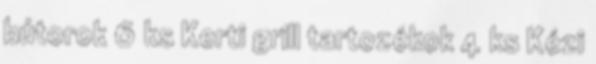
bútorok 6 ks Kerti grill tartozékok 4 ks Kézi